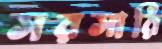
সরসারি